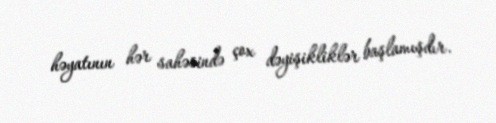
həyatının hər sahəsində çox dəyişikliklər başlamışdır.